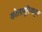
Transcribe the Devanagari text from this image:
कोतामूरियाट्टम